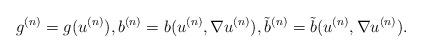
LaTeX: \begin{align*}g^{(n)} = g(u^{(n)}), b^{(n)} = b(u^{(n)}, \nabla u^{(n)}), \tilde b^{(n)} = \tilde b(u^{(n)}, \nabla u^{(n)}).\end{align*}